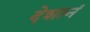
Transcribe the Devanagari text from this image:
देशानं